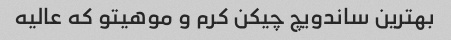
بهترین ساندویچ چیکن کرم و موهیتو که عالیه